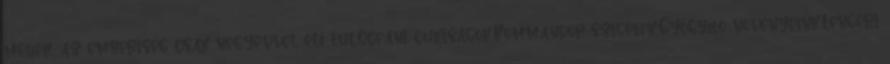
méhek, az emberiség csak négyévvel éli túl,Óceáni cukiságok,Kommandor-szigetek,Gyógyító növényeink,Tengeri